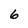
Character: 6